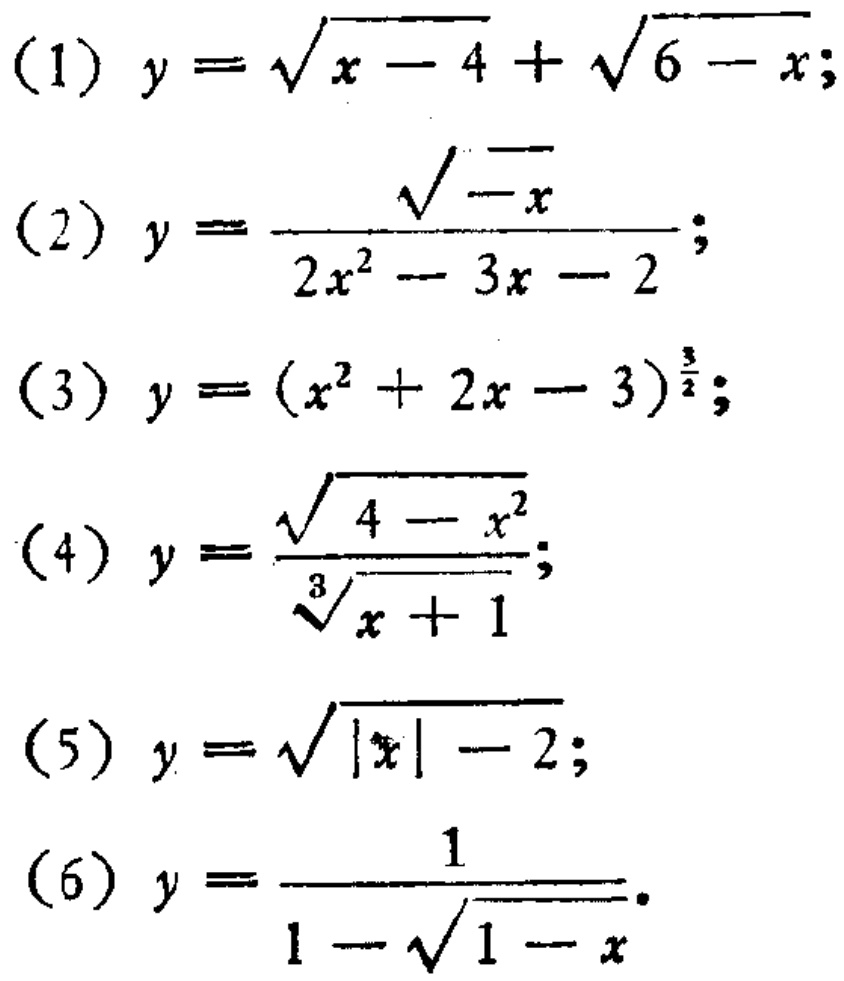
(1) \(y = \sqrt{x - 4}+\sqrt{6 - x}\);

(2) \(y = \frac{\sqrt{-x}}{2x^{2}-3x - 2}\);

(3) \(y=(x^{2}+2x - 3)^{\frac{3}{2}}\);

(4) \(y = \frac{\sqrt{4 - x^{2}}}{\sqrt[3]{x + 1}}\);

(5) \(y=\sqrt{\vert x\vert - 2}\);

(6) \(y=\frac{1}{1-\sqrt{1 - x}}\).